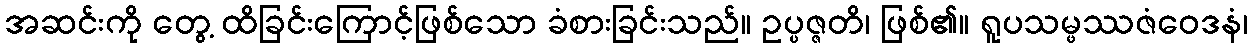
အဆင်းကို တွေ့ ထိခြင်းကြောင့်ဖြစ်သော ခံစားခြင်းသည်။ ဥပ္ပဇ္ဇတိ၊ ဖြစ်၏။ ရူပသမ္ဖဿဇံဝေဒနံ၊